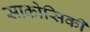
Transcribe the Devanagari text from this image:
साकोसिकी